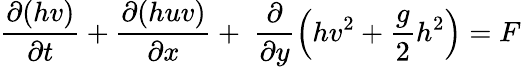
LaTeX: \frac{\partial(hv)}{\partial t}+\frac{\partial(huv)}{\partial x}+\ \frac{\partial}{\partial y}\left(hv^{2}+\frac{g}{2}h^{2}\right)=F